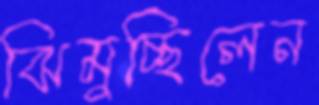
ঝিমুচ্ছিলেন